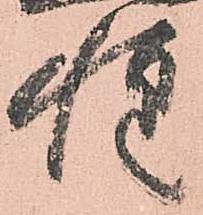
惶